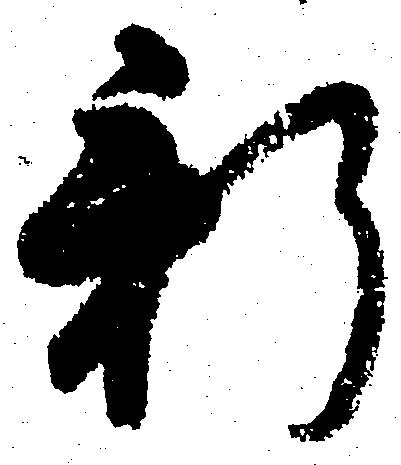
新